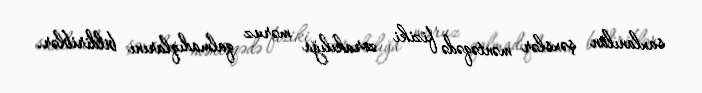
saxlanılan şəxslər məntəqədə fiziki zorakılığa məruz qalmadıqlarını bildiriblər.